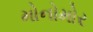
મોનોમોર